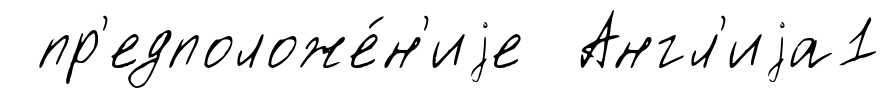
пр'едположе́н'иjе Англ'иjа1